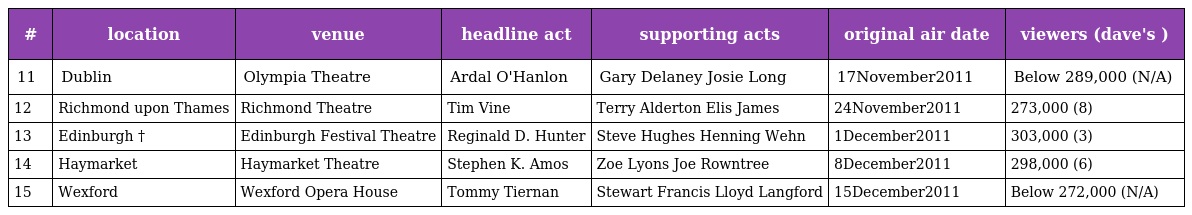
| # | location | venue | headline act | supporting acts | original air date | viewers (dave's ) |
 | --- | --- | --- | --- | --- | --- | --- |
 | 11 | Dublin | Olympia Theatre | Ardal O'Hanlon | Gary Delaney Josie Long | 17November2011 | Below 289,000 (N/A) |
 | 12 | Richmond upon Thames | Richmond Theatre | Tim Vine | Terry Alderton Elis James | 24November2011 | 273,000 (8) |
 | 13 | Edinburgh † | Edinburgh Festival Theatre | Reginald D. Hunter | Steve Hughes Henning Wehn | 1December2011 | 303,000 (3) |
 | 14 | Haymarket | Haymarket Theatre | Stephen K. Amos | Zoe Lyons Joe Rowntree | 8December2011 | 298,000 (6) |
 | 15 | Wexford | Wexford Opera House | Tommy Tiernan | Stewart Francis Lloyd Langford | 15December2011 | Below 272,000 (N/A) |